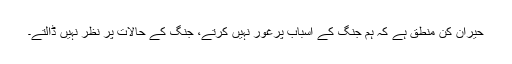
حیران کن منطق ہے کہ ہم جنگ کے اسباب پرغور نہیں کرتے، جنگ کے حالات پر نظر نہیں ڈالتے۔